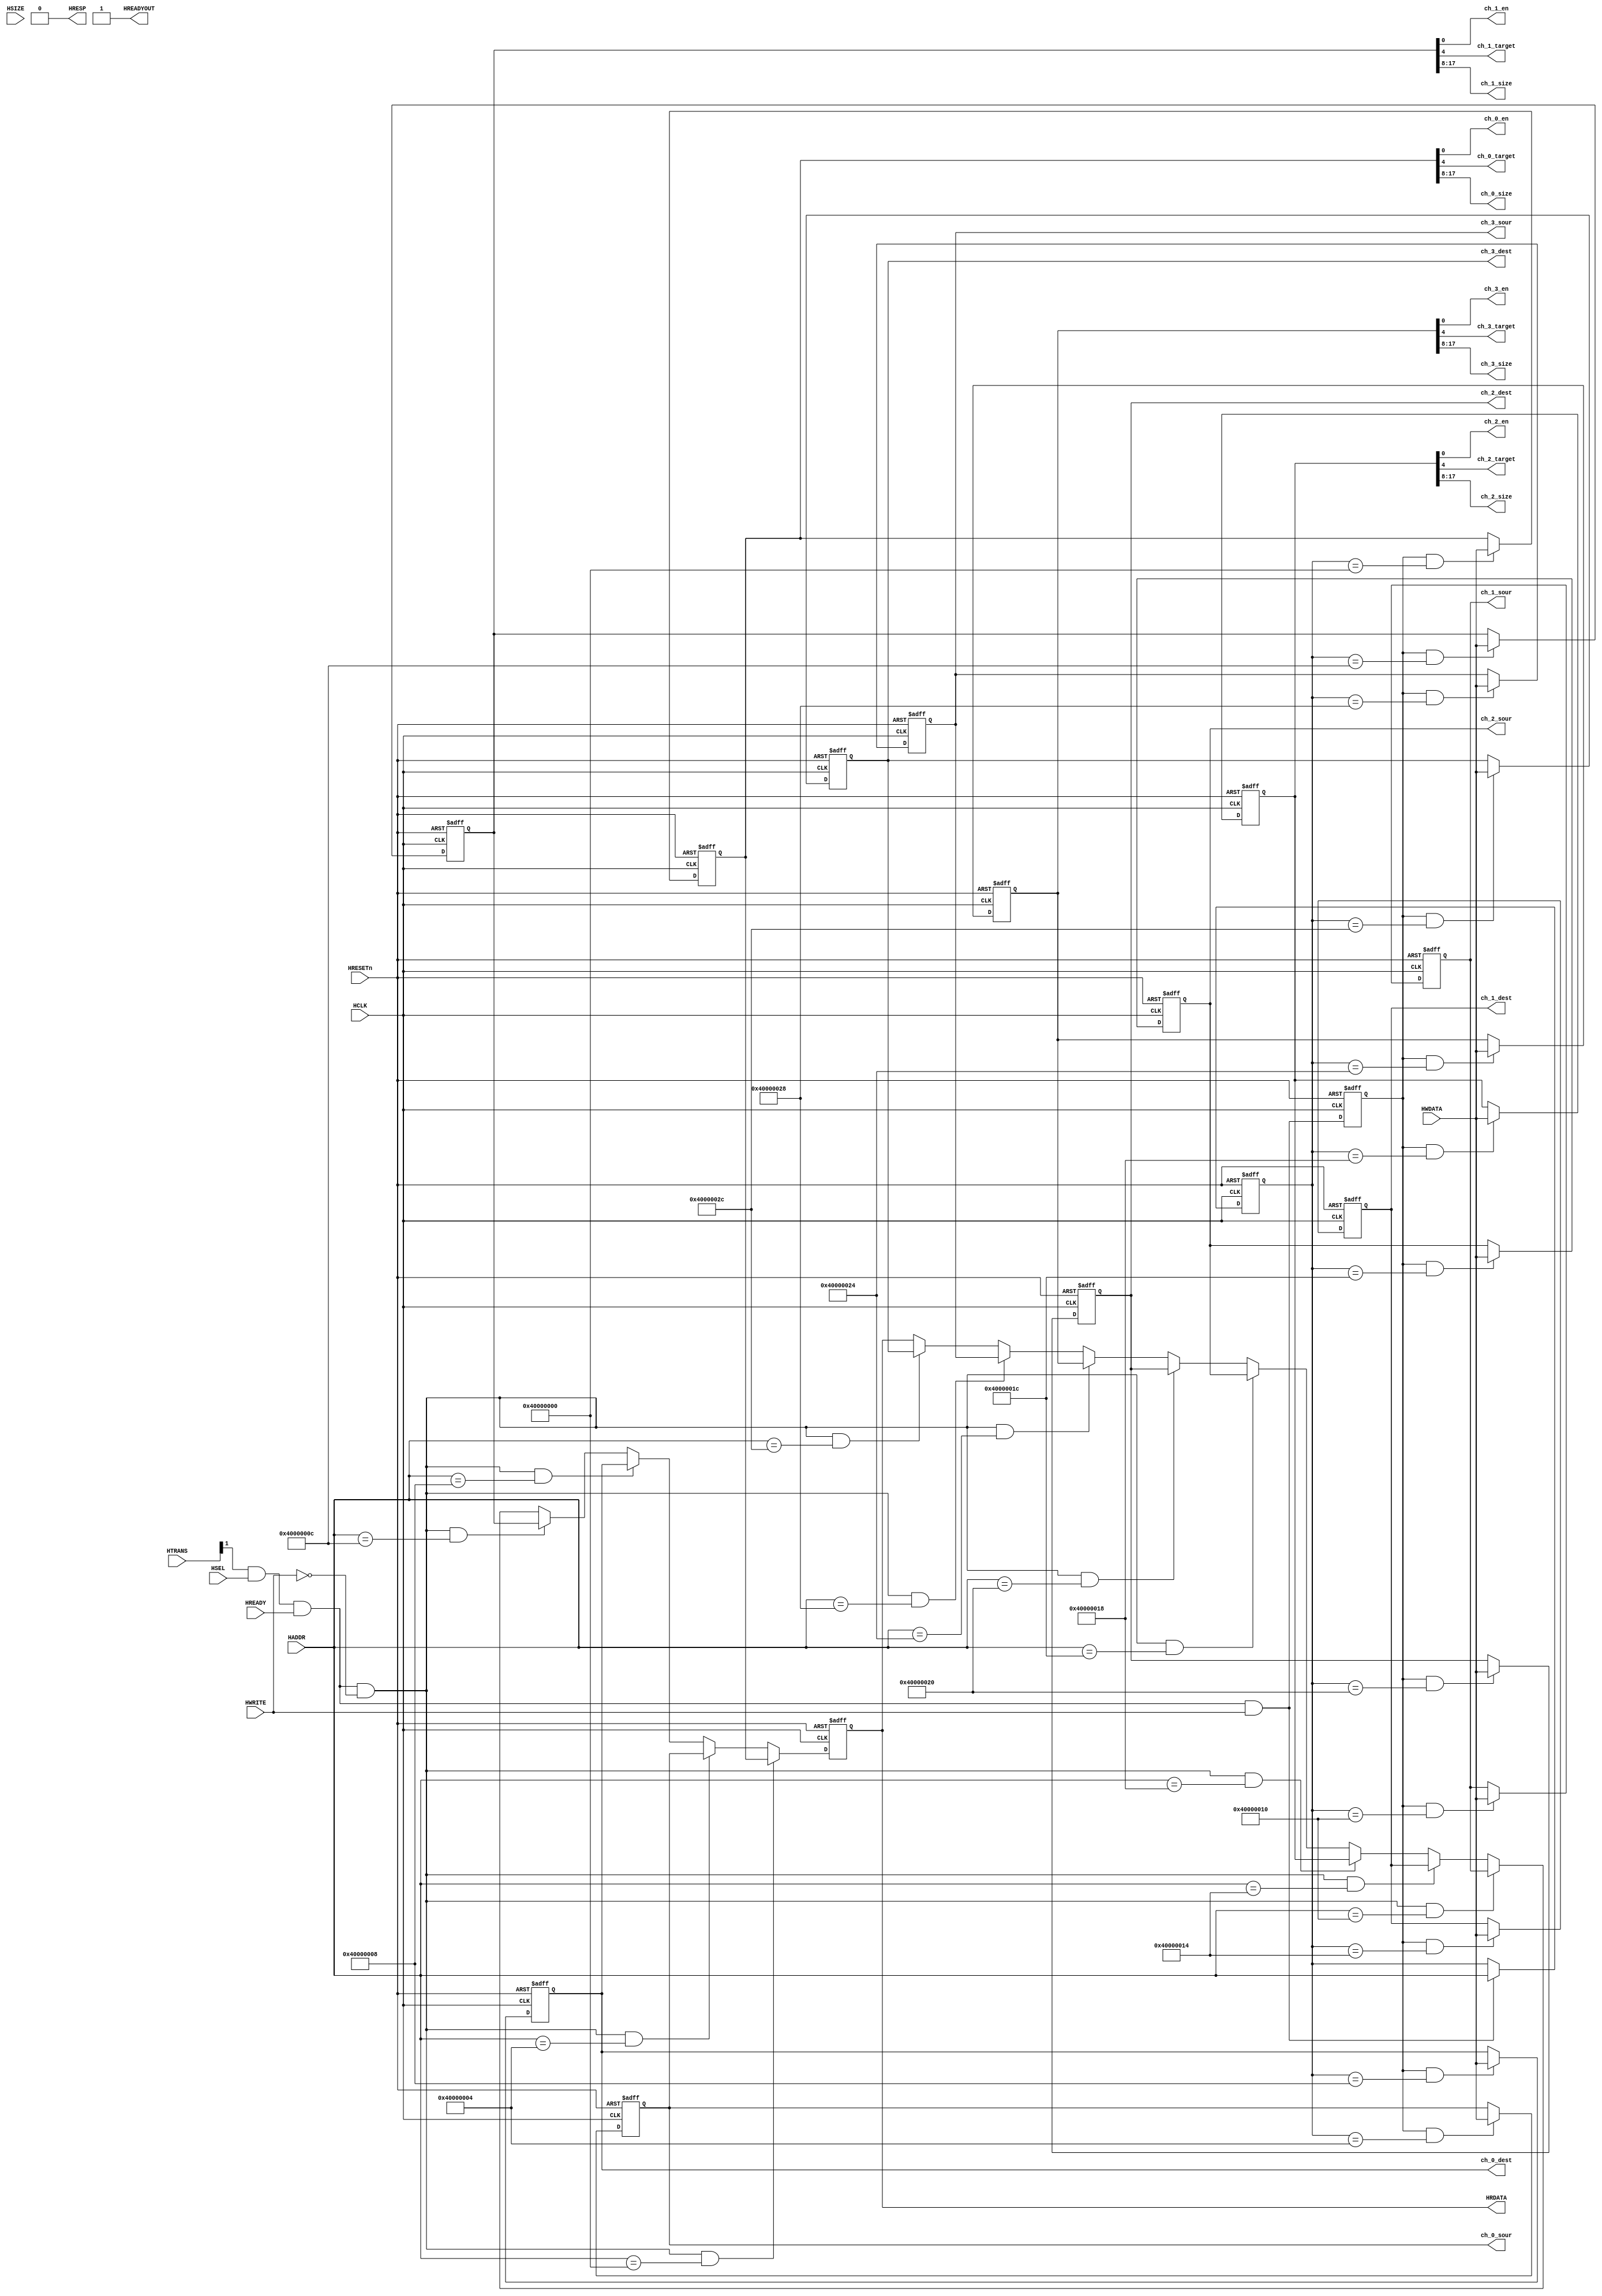
`timescale 1ns / 10ps
module interface(
    input        HCLK       , //AHB-slave
    input        HRESETn    , 
    input        HSEL       , 
    input        HREADY     ,// hreadyin
    input[1:0]   HTRANS     , 
    input[2:0]   HSIZE      , 
    input        HWRITE     , 
    input[31:0]  HADDR      , 
    input[31:0]  HWDATA     , 
    output       HREADYOUT  , 
    output       HRESP      , 
    output reg [31:0] HRDATA,

    output       ch_0_en    , //  en[0], target[4] 0memory, size[17:8] 
    output       ch_0_target,  //ctrl 0X0
    output[9: 0] ch_0_size    , 
    output       ch_1_en    , 
    output       ch_1_target, 
    output[9: 0] ch_1_size    , 
    output       ch_2_en    , 
    output       ch_2_target,  
    output[9: 0] ch_2_size  , 
    output       ch_3_en    , 
    output       ch_3_target,  
    output[9: 0] ch_3_size ,

    output reg [31:0] ch_0_sour ,  //source 0X4  32, dest 0X8  32
    output reg [31:0] ch_0_dest ,  
    output reg [31:0] ch_1_sour ,  
    output reg [31:0] ch_1_dest ,  
    output reg [31:0] ch_2_sour ,
    output reg [31:0] ch_2_dest ,
    output reg [31:0] ch_3_sour ,
    output reg [31:0] ch_3_dest  
);
parameter BASE_ADDR = 32'h40000000;             //

wire       ahb_access ;     
wire       ahb_read   ;     
reg        ahb_write   ;   
reg [31:0] haddr_d      ;  

reg [31:0] ch_0_ctrl      ;//ctrl
reg [31:0] ch_1_ctrl      ;
reg [31:0] ch_2_ctrl      ;
reg [31:0] ch_3_ctrl      ;

wire       ch_0_ctrl_en;     //ctrl
wire       ch_0_sour_en;  
wire       ch_0_dest_en;  
wire       ch_1_ctrl_en;  
wire       ch_1_sour_en;  
wire       ch_1_dest_en;     
wire       ch_2_ctrl_en;  
wire       ch_2_sour_en;  
wire       ch_2_dest_en;
wire       ch_3_ctrl_en;
wire       ch_3_sour_en;
wire       ch_3_dest_en;

//Read/write control Logic //
assign ahb_access = HTRANS[1] & HSEL & HREADY ;
assign ahb_read = ahb_access & (~HWRITE ) ;

always@(posedge HCLK or negedge HRESETn) begin
    if(!HRESETn)begin
        ahb_write <= 1'b0;
    end 
    else begin
        ahb_write <= ahb_access & HWRITE ;      //
    end
end

always@(posedge HCLK or negedge HRESETn) begin
    if(!HRESETn) begin
        haddr_d <= 32'h0 ;  
    end 
    else if(ahb_access & HWRITE) begin
        haddr_d <= HADDR ;                      //
    end
end

assign ch_0_ctrl_en= (ahb_write==1'b1)&&(haddr_d==BASE_ADDR+0);     //
assign ch_0_sour_en= (ahb_write==1'b1)&&(haddr_d==BASE_ADDR+4);
assign ch_0_dest_en= (ahb_write==1'b1)&&(haddr_d==BASE_ADDR+8);
assign ch_1_ctrl_en= (ahb_write==1'b1)&&(haddr_d==BASE_ADDR+12); 
assign ch_1_sour_en= (ahb_write==1'b1)&&(haddr_d==BASE_ADDR+16); 
assign ch_1_dest_en= (ahb_write==1'b1)&&(haddr_d==BASE_ADDR+20); 
assign ch_2_ctrl_en= (ahb_write==1'b1)&&(haddr_d==BASE_ADDR+24); 
assign ch_2_sour_en= (ahb_write==1'b1)&&(haddr_d==BASE_ADDR+28); 
assign ch_2_dest_en= (ahb_write==1'b1)&&(haddr_d==BASE_ADDR+32); 
assign ch_3_ctrl_en= (ahb_write==1'b1)&&(haddr_d==BASE_ADDR+36); 
assign ch_3_sour_en= (ahb_write==1'b1)&&(haddr_d==BASE_ADDR+40); 
assign ch_3_dest_en= (ahb_write==1'b1)&&(haddr_d==BASE_ADDR+44); 

always@(posedge HCLK or negedge HRESETn) begin      //ch0 1 2 3
    if(!HRESETn) begin
        ch_0_ctrl<=32'h0;
    end else if(ch_0_ctrl_en) begin
        ch_0_ctrl<= HWDATA;                         //ch_0_ctrl
    end
end
always@(posedge HCLK or negedge HRESETn) begin
    if(!HRESETn) begin
        ch_0_sour<=32'h0 ;
    end else if(ch_0_sour_en) begin
        ch_0_sour<= HWDATA ;                        //ch_0_source
    end
end
always@(posedge HCLK or negedge HRESETn) begin
    if(!HRESETn) begin
        ch_0_dest<=32'h0 ;
    end else if(ch_0_dest_en) begin 
        ch_0_dest<= HWDATA ;                        //ch_0_dest
    end
end

always@(posedge HCLK or negedge HRESETn) begin
    if(!HRESETn) begin
        ch_1_ctrl<=32'h0;
    end else if(ch_1_ctrl_en) begin
        ch_1_ctrl<= HWDATA;                         
    end
end
always@(posedge HCLK or negedge HRESETn) begin
    if(!HRESETn) begin
        ch_1_sour<=32'h0 ;
    end else if(ch_1_sour_en) begin
        ch_1_sour<= HWDATA ;                      
    end
end
always@(posedge HCLK or negedge HRESETn) begin
    if(!HRESETn) begin
        ch_1_dest<=32'h0 ;
    end else if(ch_1_dest_en) begin 
        ch_1_dest<= HWDATA ;                   
    end
end

always@(posedge HCLK or negedge HRESETn) begin
    if(!HRESETn) begin
        ch_2_ctrl<=32'h0;
    end else if(ch_2_ctrl_en) begin
        ch_2_ctrl<= HWDATA;                         
    end
end
always@(posedge HCLK or negedge HRESETn) begin
    if(!HRESETn) begin
        ch_2_sour<=32'h0 ;
    end else if(ch_2_sour_en) begin
        ch_2_sour<= HWDATA ;                      
    end
end
always@(posedge HCLK or negedge HRESETn) begin
    if(!HRESETn) begin
        ch_2_dest<=32'h0 ;
    end else if(ch_2_dest_en) begin 
        ch_2_dest<= HWDATA ;                   
    end
end

always@(posedge HCLK or negedge HRESETn) begin
    if(!HRESETn) begin
        ch_3_ctrl<=32'h0;
    end else if(ch_3_ctrl_en) begin
        ch_3_ctrl<= HWDATA;                         
    end
end
always@(posedge HCLK or negedge HRESETn) begin
    if(!HRESETn) begin
        ch_3_sour<=32'h0 ;
    end else if(ch_3_sour_en) begin
        ch_3_sour<= HWDATA ;                      
    end
end
always@(posedge HCLK or negedge HRESETn) begin
    if(!HRESETn) begin
        ch_3_dest<=32'h0 ;
    end else if(ch_3_dest_en) begin 
        ch_3_dest<= HWDATA ;                   
    end
end

assign ch_0_en = ch_0_ctrl[0] ;
assign ch_0_target= ch_0_ctrl[4] ;      //0:m>>p 1:p>>m
assign ch_0_size = ch_0_ctrl[17:8] ; 
assign ch_1_en = ch_1_ctrl[0] ;
assign ch_1_target= ch_1_ctrl[4] ;
assign ch_1_size = ch_1_ctrl[17:8] ;
assign ch_2_en = ch_2_ctrl[0] ;
assign ch_2_target= ch_2_ctrl[4] ;
assign ch_2_size = ch_2_ctrl[17:8] ;
assign ch_3_en = ch_3_ctrl[0] ;
assign ch_3_target= ch_3_ctrl[4] ;
assign ch_3_size = ch_3_ctrl[17:8] ;

always@(posedge HCLK or negedge HRESETn)begin       //
    if(!HRESETn) begin
        HRDATA <= 32'h0;
    end else if(ahb_read==1'b1 && HADDR==BASE_ADDR+0 )begin
        HRDATA <= ch_0_ctrl;
    end else if(ahb_read==1'b1 && HADDR==BASE_ADDR+4 )begin
        HRDATA <= ch_0_sour;
    end else if(ahb_read==1'b1 && HADDR==BASE_ADDR+8 )begin
        HRDATA <= ch_0_dest;
    end else if(ahb_read==1'b1 && HADDR==BASE_ADDR+12)begin
        HRDATA <= ch_1_ctrl;
    end else if(ahb_read==1'b1 && HADDR==BASE_ADDR+16)begin
        HRDATA <= ch_1_sour;
    end else if(ahb_read==1'b1 && HADDR==BASE_ADDR+20)begin
        HRDATA <= ch_1_dest;
    end else if(ahb_read==1'b1 && HADDR==BASE_ADDR+24)begin
        HRDATA <= ch_2_ctrl;
    end else if(ahb_read==1'b1 && HADDR==BASE_ADDR+28)begin
        HRDATA <= ch_2_sour;
    end else if(ahb_read==1'b1 && HADDR==BASE_ADDR+32)begin
        HRDATA <= ch_2_dest;
    end else if(ahb_read==1'b1 && HADDR==BASE_ADDR+36)begin
        HRDATA <= ch_3_ctrl;
    end else if(ahb_read==1'b1 && HADDR==BASE_ADDR+40)begin 
        HRDATA <= ch_3_sour;
    end else if(ahb_read==1'b1 && HADDR==BASE_ADDR+44)begin 
        HRDATA <= ch_3_dest;
    end
end

assign HRESP = 0;           //ok
assign HREADYOUT = 1;       //

endmodule